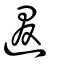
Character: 逫